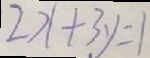
2 x + 3 y = 1